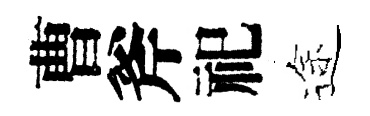
曹斧祀途